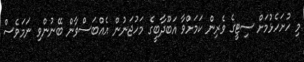
މި ހުށަހެޅުމަށް ސިޓީގެ ވެރިން ކަމަށްވާ އަބޫދާބީގެ މަހުޖަނުން އެއްބަސްވާން ބޭނުންވި ނަމަވެސް